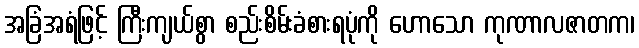
အခြံအရံဖြင့် ကြီးကျယ်စွာ စည်းစိမ်းခံစားရပုံကို ဟောသော ကုဏာလဇာတက၊